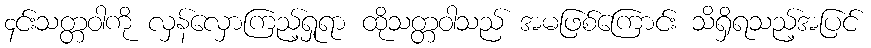
၄င်းသတ္တဝါကို လှန်လှောကြည့်ရှုရာ ထိုသတ္တဝါသည် အမဖြစ်ကြောင်း သိရှိရသည့်အပြင်